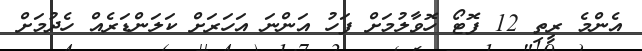
އެންމެ ރީތި 12 ފޮޓޯ ހޮވާލުމަށް ފަހު އަންނަ އަހަރަށް ކަލަންޑަރެއް ހެދުމަށް